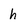
Character: h